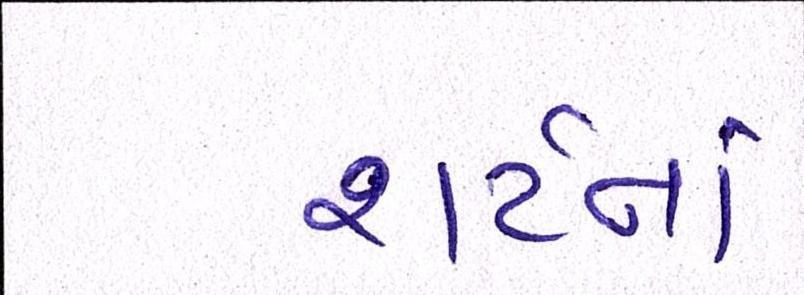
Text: શર્ટનાં